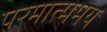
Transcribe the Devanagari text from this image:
परमात्ममय